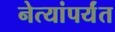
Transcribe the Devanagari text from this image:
नेत्यांपर्यंत